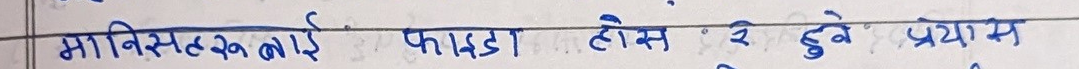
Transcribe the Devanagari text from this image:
मानिसहरुलाई फाल्डा हौस ले डुवे प्रयास